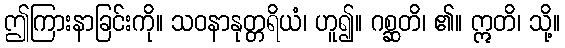
ဤကြားနာခြင်းကို။ သဝနာနုတ္တရိယံ၊ ဟူ၍။ ဂစ္ဆတိ၊ ၏။ ဣတိ၊ သို့။